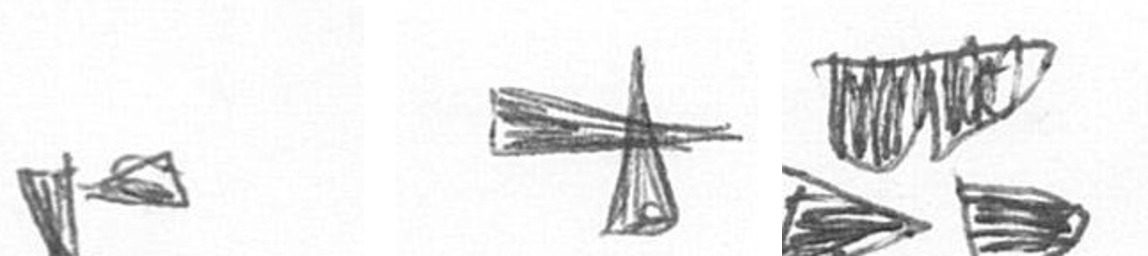
F G B